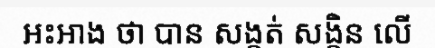
អះអាង ថា បាន សង្កត់ សង្កិន លើ